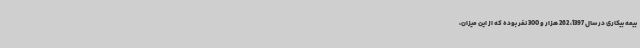
بیمه بیکاری در سال 1397، 262 هزار و 300 نفر بوده که از این میزان،